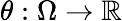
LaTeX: \theta:\Omega\to\mathbb{R}